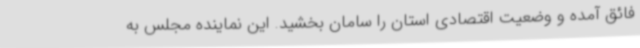
فائق آمده و وضعیت اقتصادی استان را سامان بخشید. این نماینده مجلس به